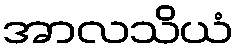
အာလသိယံ